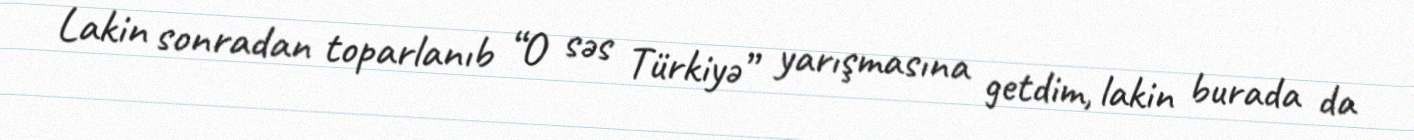
Lakin sonradan toparlanıb “O səs Türkiyə” yarışmasına getdim, lakin burada da